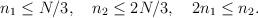
LaTeX: \begin{align*}n_1 \le N/3, \quad n_2 \le 2 N/3, \quad 2 n_1 \le n_2.\end{align*}